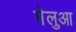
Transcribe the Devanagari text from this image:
मेलुआ